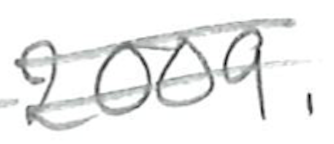
Text: 2009.
Cross-out: double-line
Writing tool: pencil